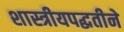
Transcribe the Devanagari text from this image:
शास्त्रीयपद्धतीने